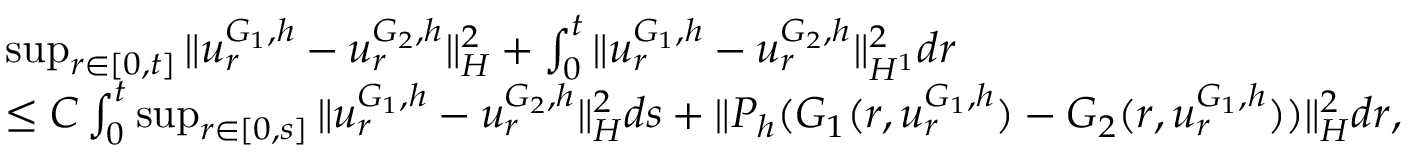
\begin{array} { r l } & { \operatorname* { s u p } _ { r \in [ 0 , t ] } \| u _ { r } ^ { G _ { 1 } , h } - u _ { r } ^ { G _ { 2 } , h } \| _ { H } ^ { 2 } + \int _ { 0 } ^ { t } \| u _ { r } ^ { G _ { 1 } , h } - u _ { r } ^ { G _ { 2 } , h } \| _ { H ^ { 1 } } ^ { 2 } d r } \\ & { \leq C \int _ { 0 } ^ { t } \operatorname* { s u p } _ { r \in [ 0 , s ] } \| u _ { r } ^ { G _ { 1 } , h } - u _ { r } ^ { G _ { 2 } , h } \| _ { H } ^ { 2 } d s + \| P _ { h } ( G _ { 1 } ( r , u _ { r } ^ { G _ { 1 } , h } ) - G _ { 2 } ( r , u _ { r } ^ { G _ { 1 } , h } ) ) \| _ { H } ^ { 2 } d r , } \end{array}